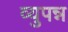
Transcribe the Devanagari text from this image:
व्युपन्न